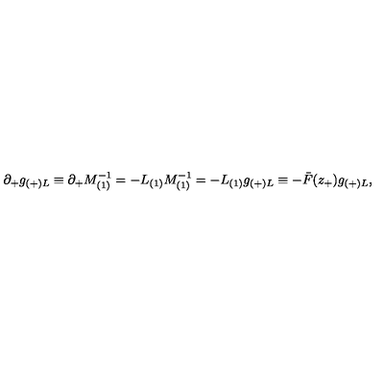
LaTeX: \partial _ { + } g _ { ( + ) L } \equiv \partial _ { + } M _ { ( 1 ) } ^ { - 1 } = - L _ { ( 1 ) } M _ { ( 1 ) } ^ { - 1 } = - L _ { ( 1 ) } g _ { ( + ) L } \equiv - \bar { F } ( z _ { + } ) g _ { ( + ) L } ,